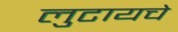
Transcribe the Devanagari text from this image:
लुटायचे